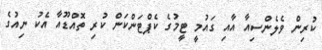
ކުރިން ވެލެންސިއާ އާއި ގައުމީ ޓީމުގެ ކެޕްޓަންކަން ކުރި ތޮއްޑޫއާ އެކު ނިއުގެ